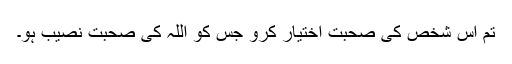
تم اس شخص کی صحبت اختیار کرو جس کو اللہ کی صحبت نصیب ہو۔